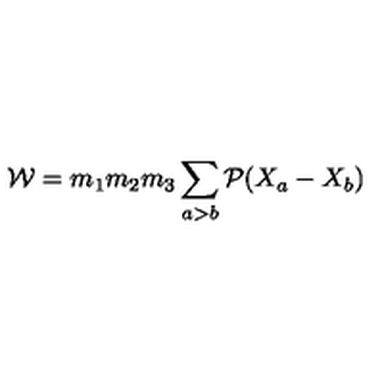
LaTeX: { \cal W } = m _ { 1 } m _ { 2 } m _ { 3 } \sum _ { a > b } { \cal P } ( X _ { a } - X _ { b } )